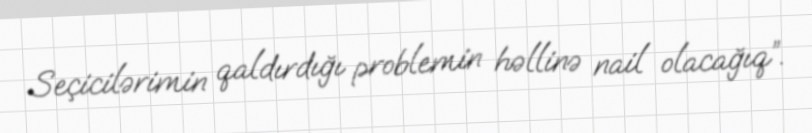
Seçicilərimin qaldırdığı problemin həllinə nail olacağıq”.